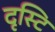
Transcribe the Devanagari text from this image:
दृस्टि